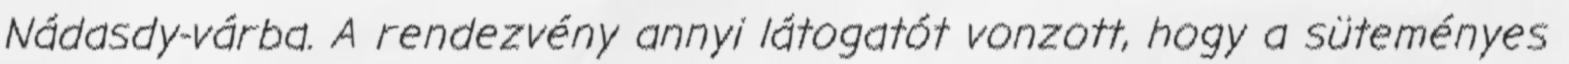
Nádasdy-várba. A rendezvény annyi látogatót vonzott, hogy a süteményes